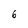
Character: 6